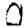
Digit: 0